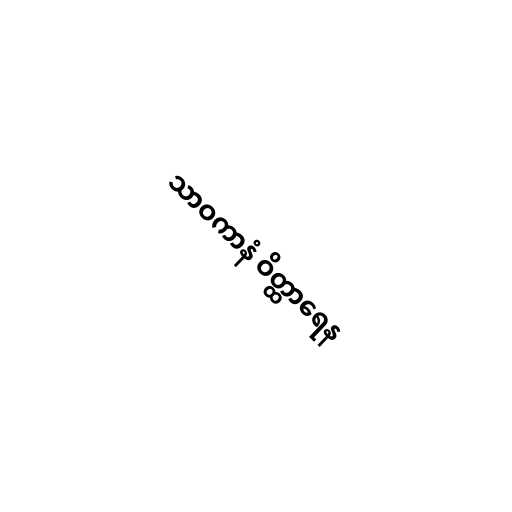
သာဝကာနံ ဝိတ္ထာရေန